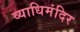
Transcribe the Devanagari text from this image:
व्याधिमंदिर